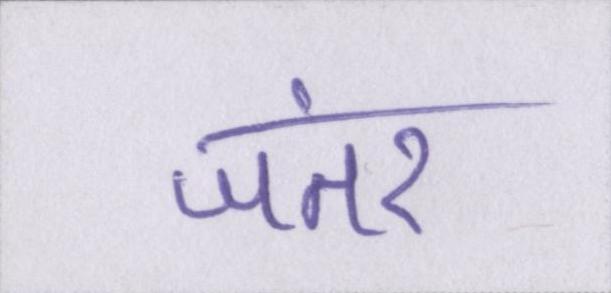
जंतर